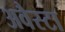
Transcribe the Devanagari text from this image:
अवैस्टा